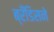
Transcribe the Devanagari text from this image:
ब्रँडिसने